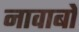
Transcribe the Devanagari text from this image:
नावाबों